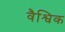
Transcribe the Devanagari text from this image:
वैश्विक